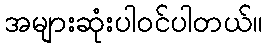
အများဆုံးပါဝင်ပါတယ်။